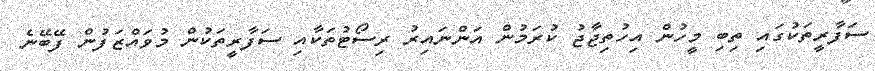
ސަފާރީތަކުގައި ތިބި މީހުން އިހުތިޖާޖު ކުރަމުން އަންނައިރު ރިސޯޓުތަކާއި ސަފާރީތަކުން މުވައްޒަފުން ފޭބޭނެ